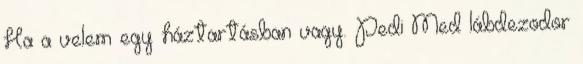
Ha a velem egy háztartásban vagy. Pedi Med lábdezodor